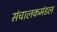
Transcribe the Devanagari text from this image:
संचालकमंडल